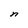
Character: n